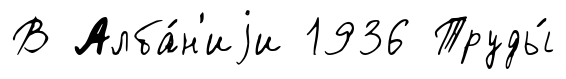
В Алба́н'иjи 1936 Труды́